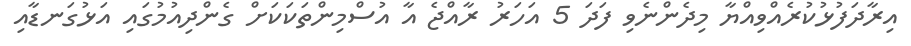
އިރާދަފުޅުކުރެއްވިއްޔާ މިދެންނެވި ފަދަ 5 އަހަރު ރާއްޖެ އާ އުސްމިންތަކަކަށް ގެންދިއުމުގައި އަޅުގަނޑާއި